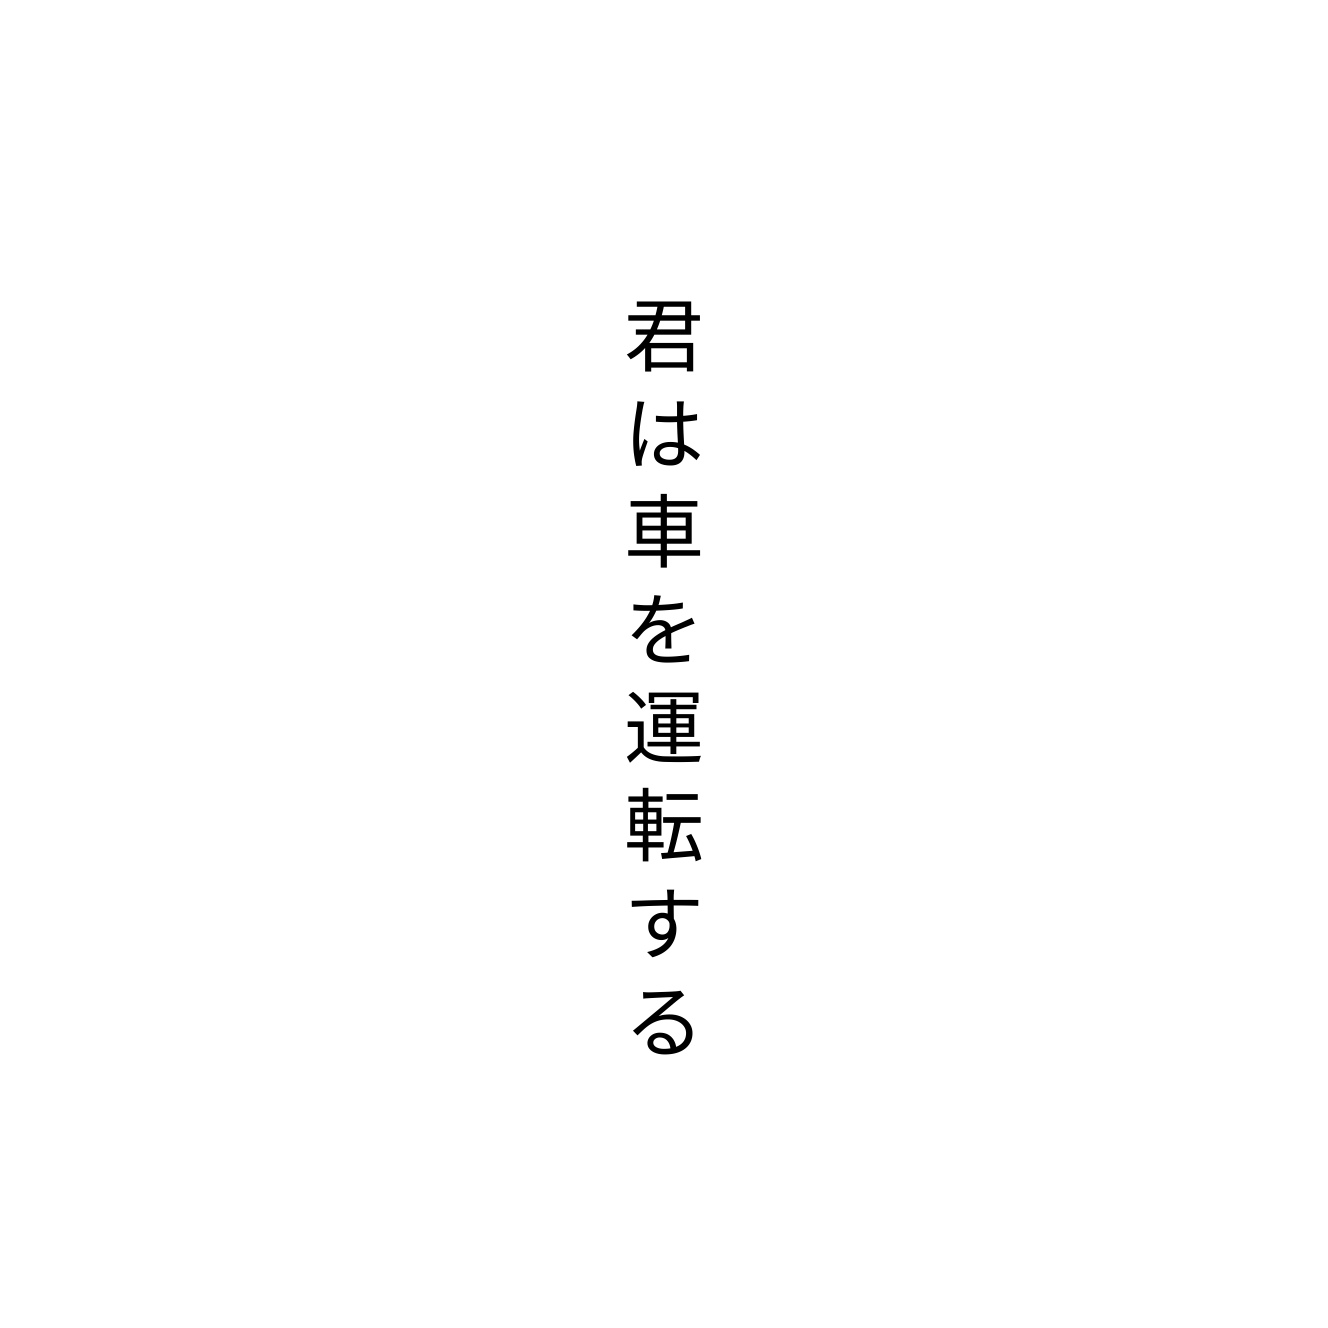
君は車を運転する